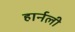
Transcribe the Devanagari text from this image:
हार्नली